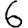
Digit: 6